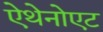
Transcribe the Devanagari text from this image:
ऐथेनोएट